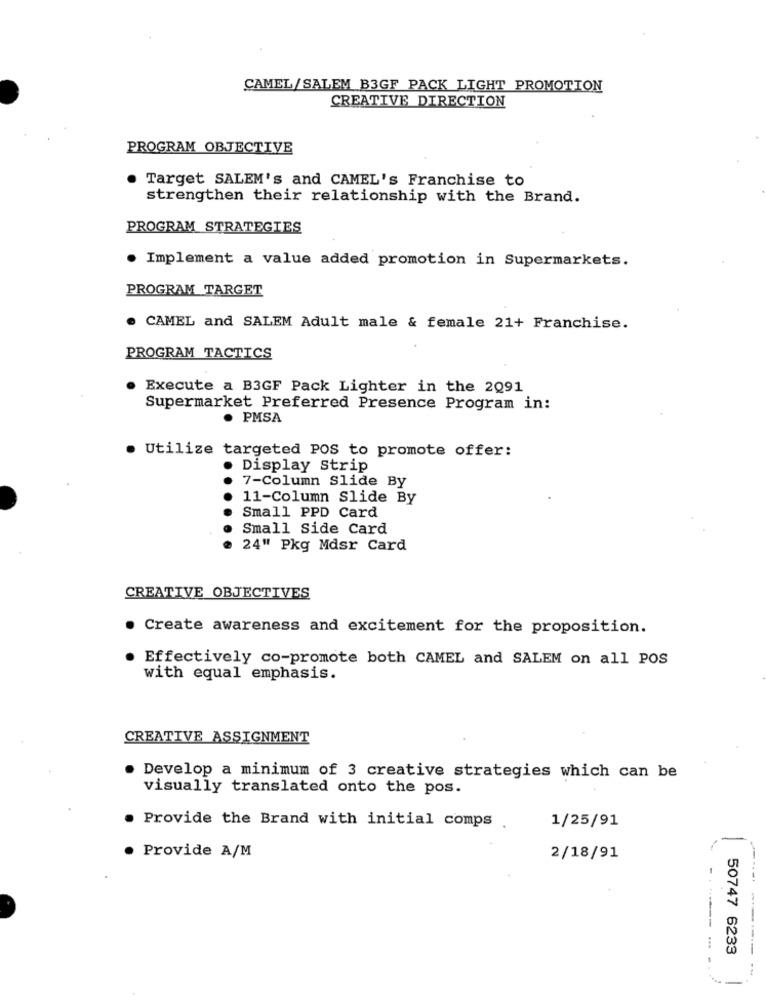
CAMEL/SALEM B3GF PACK LIGHT PROMOTION
CREATIVE DIRECTION
PROGRAM OBJECTIVE
Target SALEM's and CAMEL's Franchise to
strengthen their relationship with the Brand.
PROGRAM STRATEGIES
Implement a value added promotion in Supermarkets.
PROGRAM_TARGET
CAMEL and SALEM Adult male & female 21+ Franchise.
PROGRAM TACTICS
Execute a B3GF Pack Lighter in the 2091
Supermarket Preferred Presence Program in:
PMSA
Utilize targeted POS to promote offer:
Display Strip
7-Column Slide By
11-Column Slide By
Small PPD Card
Small Side Card
24" Pkg Mdsr Card
CREATIVE OBJECTIVES
. Create awareness and excitement for the proposition.
Effectively co-promote both CAMEL and SALEM on all POS
with equal emphasis.
CREATIVE ASSIGNMENT
Develop a minimum of 3 creative strategies which can be
visually translated onto the pos.
. Provide the Brand with initial comps .
1/25/91
· Provide A/M
2/18/91
50747 6233
----------